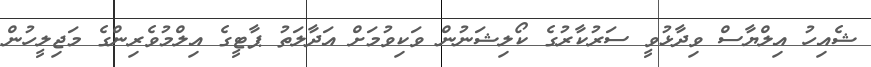
ޝެއިހު އިލްޔާސް ވިދާޅުވީ ސަރުކާރުގެ ކޯލިޝަނުން ވަކިވުމަށް އަދާލަތު ޕާޓީގެ އިލްމުވެރިންގެ މަޖިލީހުން